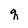
Character: q